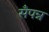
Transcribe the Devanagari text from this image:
सँपन्न